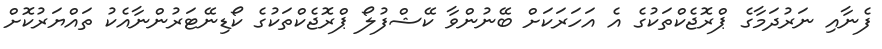
ފެނާއި ނަރުދަމާގެ ޕްރޮޖެކްތަކުގެ އެ އަހަރަކަށް ބޭނުންވާ ކޭޝްފުލޯ ޕްރޮޖެކްތަކުގެ ކޯޑިނޭޓަރުންނާއެކު ތައްޔަރުކޮށް